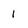
Character: 1